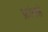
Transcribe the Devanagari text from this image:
फ्रांससे